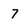
Character: 7